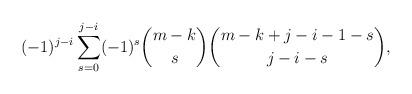
LaTeX: \begin{align*}(-1)^{j-i}\sum_{s=0}^{j-i}(-1)^s\binom{m-k}s\binom{m-k+j-i-1-s}{j-i-s},\end{align*}